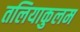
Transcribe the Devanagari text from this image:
तलियाकुलम